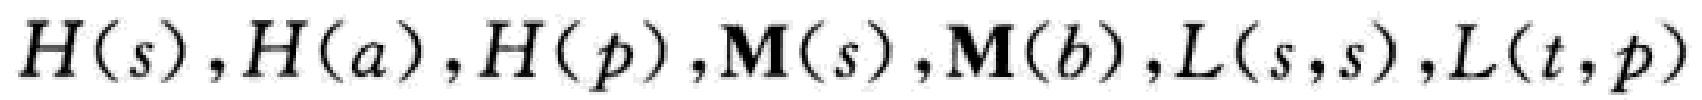
\(H(s),H(a),H(p),M(s),M(b),L(s,s),L(t,p)\)